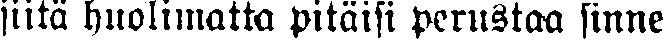
siitä huolimatta pitäisi perustaa sinne